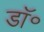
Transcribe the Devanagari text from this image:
डाॅ॰